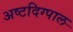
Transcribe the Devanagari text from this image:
अष्टदिग्पाल